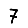
Digit: 7